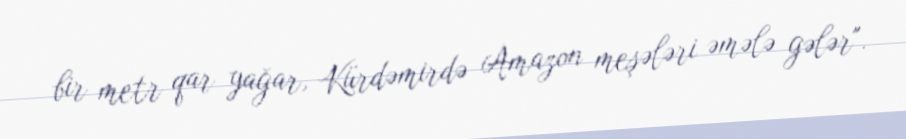
bir metr qar yağar, Kürdəmirdə Amazon meşələri əmələ gələr".